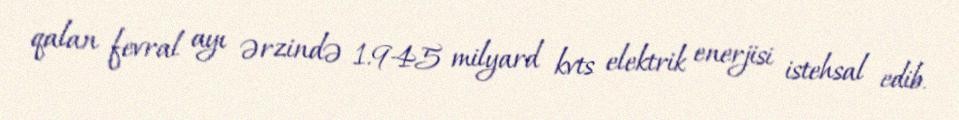
qalan fevral ayı ərzində 1.945 milyard kvts elektrik enerjisi istehsal edib.